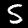
Digit: 5